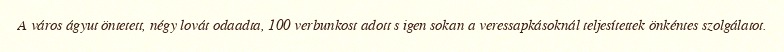
A város ágyut öntetett, négy lovát odaadta, 100 verbunkost adott s igen sokan a veressapkásoknál teljesítettek önkéntes szolgálatot.